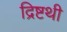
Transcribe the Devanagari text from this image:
द्रिष्टथी